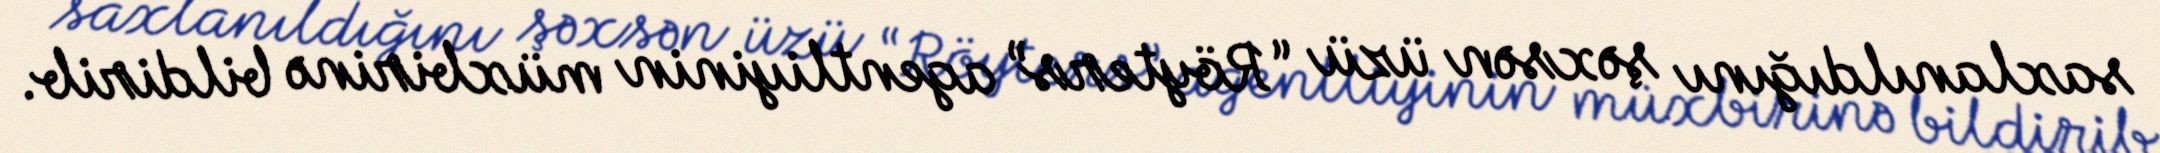
saxlanıldığını şəxsən üzü “Röyters” agentliyinin müxbirinə bildirib.